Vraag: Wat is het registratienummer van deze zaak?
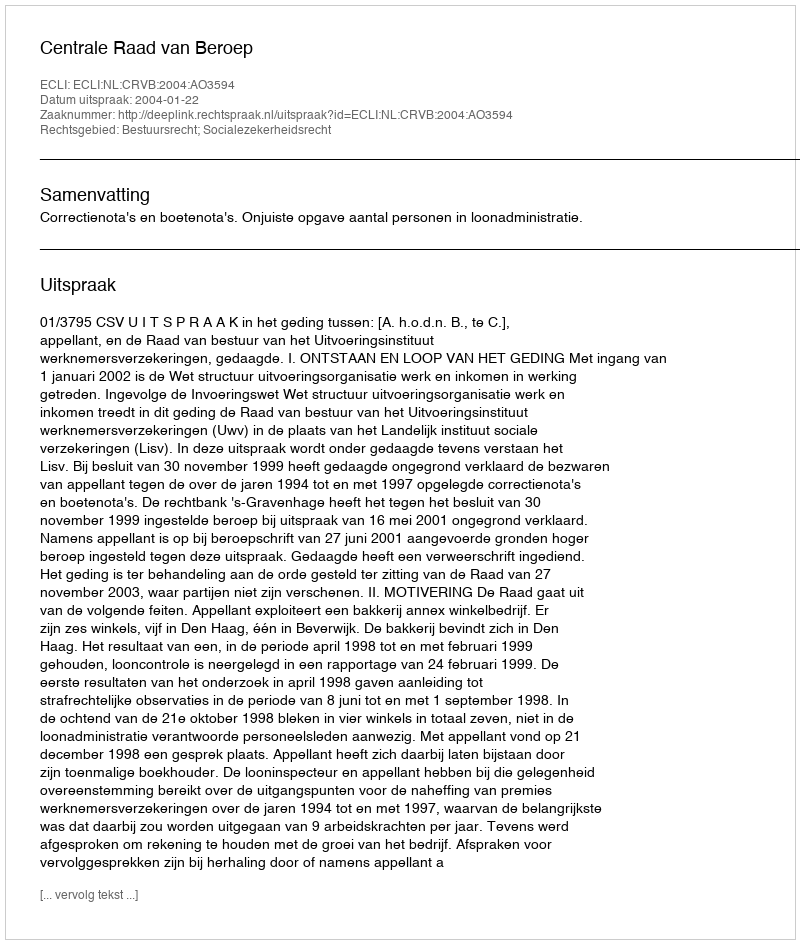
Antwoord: http://deeplink.rechtspraak.nl/uitspraak?id=ECLI:NL:CRVB:2004:AO3594